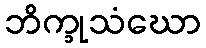
ဘိက္ခုသံဃော